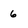
Character: 6